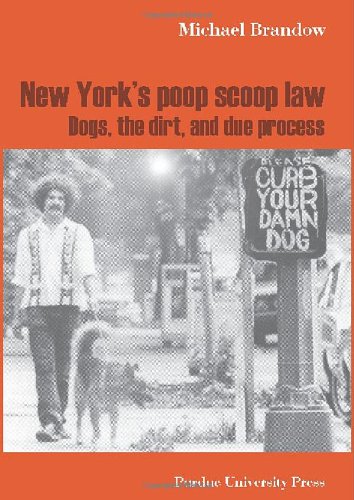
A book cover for New York's Poop Scoop Law: Dogs, the Dirt, and Due Process (New Directions in the Human-Animal Bond); Michael Brandow; Crafts, Hobbies & Home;